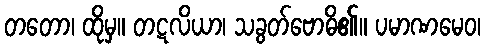
တတော၊ ထိုမှ။ တဋလိယာ၊ သခွတ်ဗောဓိ၏။ ပမာဏမေဝ၊